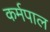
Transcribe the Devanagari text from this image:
कर्मपाल